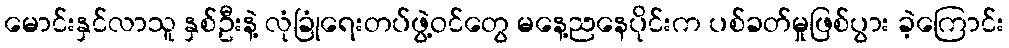
မောင်းနှင်လာသူ နှစ်ဦးနဲ့ လုံခြုံရေးတပ်ဖွဲ့ဝင်တွေ မနေ့ညနေပိုင်းက ပစ်ခတ်မှုဖြစ်ပွား ခဲ့ကြောင်း